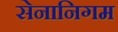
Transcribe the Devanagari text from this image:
सेनानिगम